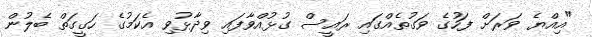
"އިއްޔެ ވަރަށް ފަހުގެ ވަގުތެއްގައި ރައީސް ގުޅުއްވާފައި ވިދާޅުވި އެކަމުގެ ހަގީގަތް ބެލުން